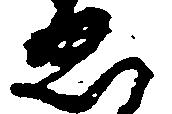
ゑ